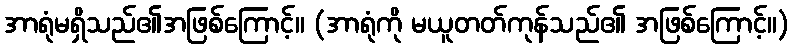
အာရုံမရှိသည်၏အဖြစ်ကြောင့်။ (အာရုံကို မယူတတ်ကုန်သည်၏ အဖြစ်ကြောင့်။)